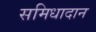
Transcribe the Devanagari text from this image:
समिधादान